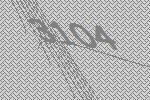
3104